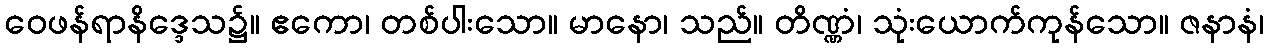
ဝေဖန်ရာနိဒ္ဒေသ၌။ ဧကော၊ တစ်ပါးသော။ မာနော၊ သည်။ တိဏ္ဏံ၊ သုံးယောက်ကုန်သော။ ဇနာနံ၊